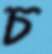
চ